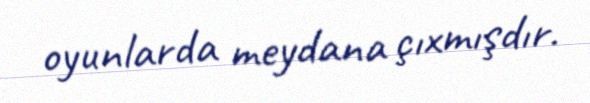
oyunlarda meydana çıxmışdır.